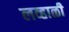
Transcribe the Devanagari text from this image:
लव्हाळी